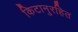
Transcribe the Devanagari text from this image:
किटानुरहित